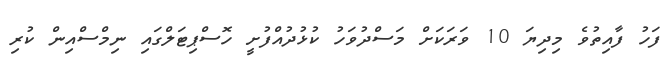
ފަހު ފާއިތުވެ މިދިޔަ 10 ވަރަކަށް މަސްދުވަހު ކުޅުދުއްފުށީ ހޮސްޕިޓަލްގައި ނިމްސްއިން ކުރި